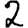
Digit: 2